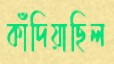
কাঁদিয়াছিল